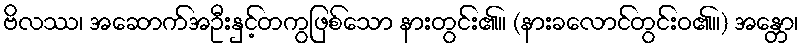
ဗိလဿ၊ အဆောက်အဦးနှင့်တကွဖြစ်သော နားတွင်း၏။ (နားခလောင်တွင်းဝ၏။) အန္တော၊